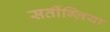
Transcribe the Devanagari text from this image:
सर्तीग्लिया